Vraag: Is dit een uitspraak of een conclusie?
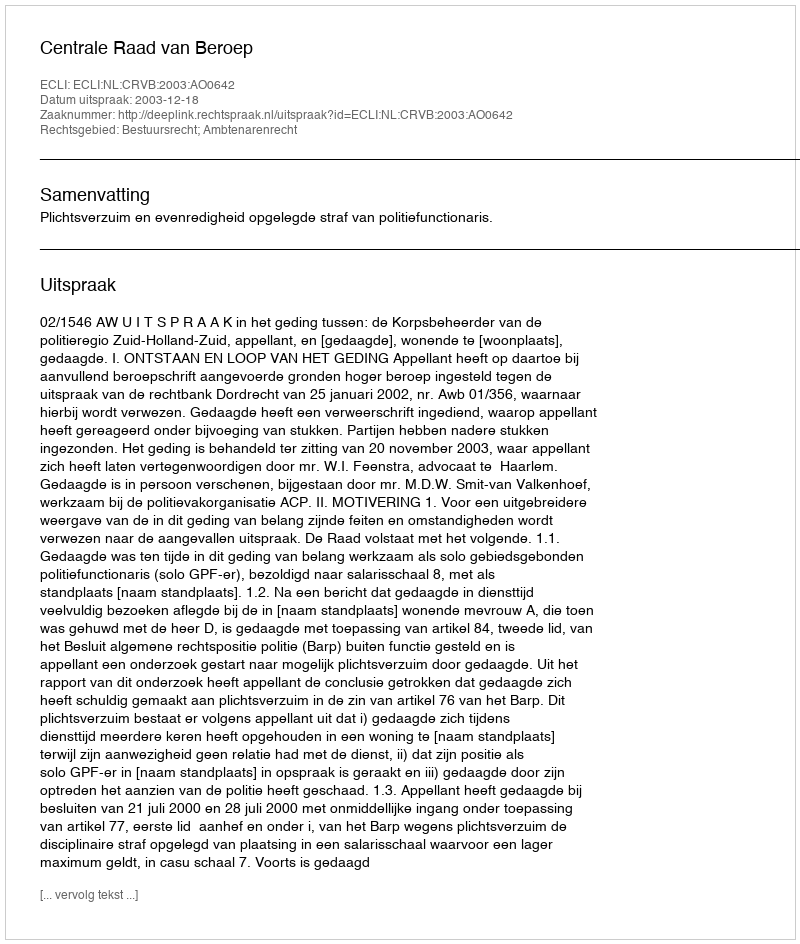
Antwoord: Uitspraak